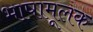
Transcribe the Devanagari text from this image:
भाषामूलक